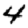
Digit: 4